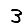
Digit: 3